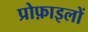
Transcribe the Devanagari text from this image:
प्रोफ़ाइलों